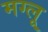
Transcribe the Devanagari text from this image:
मग्लू